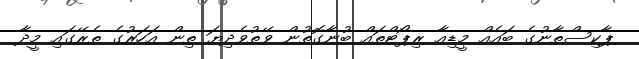
ޕާކިސްތާނުގެ ބައެއް މީޑިއާ ރިޕޯޓްތައް ބުނާގޮތުން ވޭތުވެދިޔަ ތިން އަހަރުގެ ތެރޭގައި މީދާ